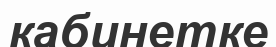
кабинетке